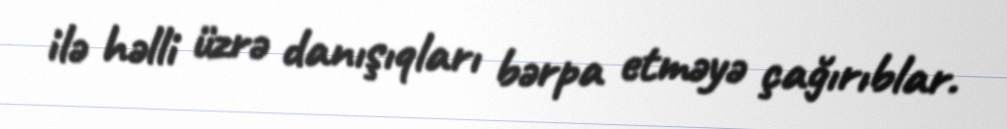
ilə həlli üzrə danışıqları bərpa etməyə çağırıblar.